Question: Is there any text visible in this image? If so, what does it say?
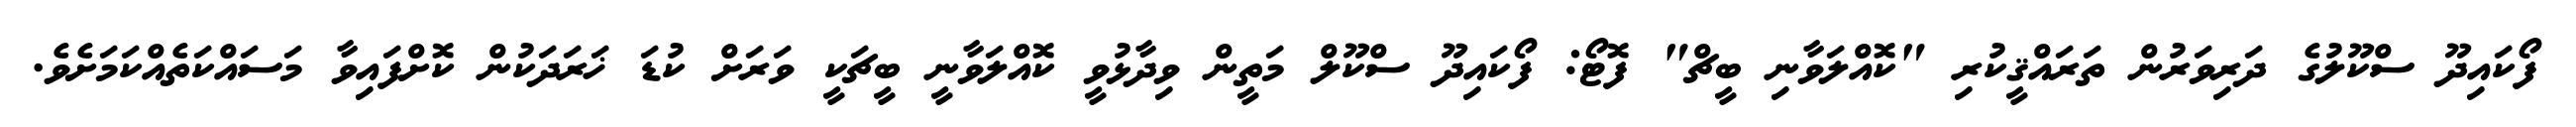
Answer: ފޯކައިދޫ ސްކޫލުގެ ދަރިވަރުން ތަރައްޤީކުރި "ކޮއްލަވާނި ބީޗް" ފޮޓޯ: ފޯކައިދޫ ސްކޫލް މަތީން ވިދާޅުވީ ކޮއްލަވާނީ ބީޗަކީ ވަރަށް ކުޑަ ޚަރަދަކުން ކޮށްފައިވާ މަސައްކަތެއްކަމަށެވެ.